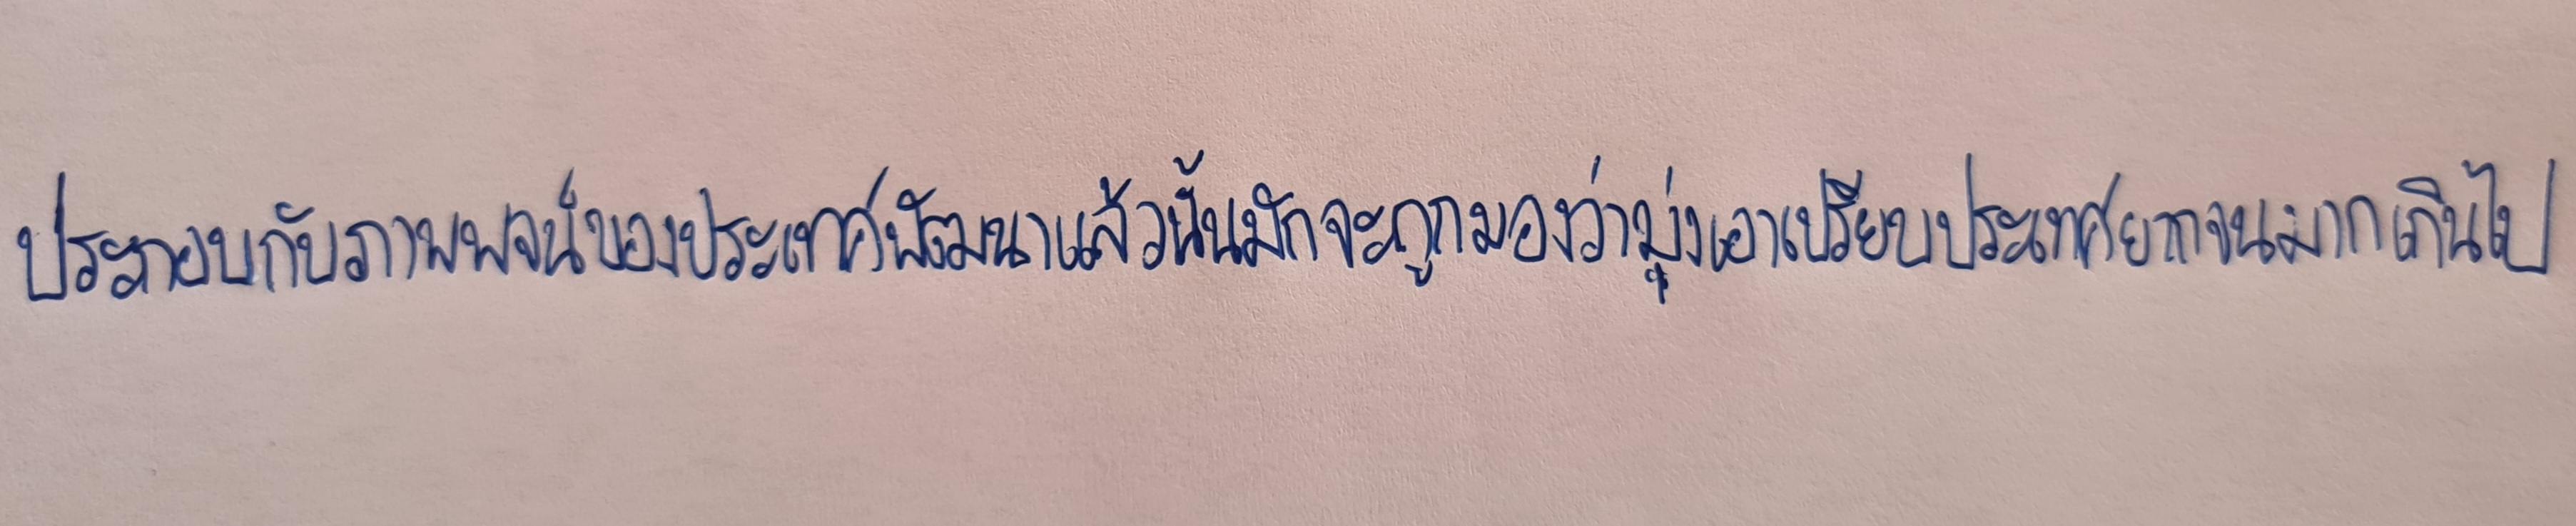
ประกอบกับภาพพจน์ของประเทศพัฒนาแล้วนั้นมักจะถูกมองว่ามุ่งเอาเปรียบประเทศยากจนมากเกินไป